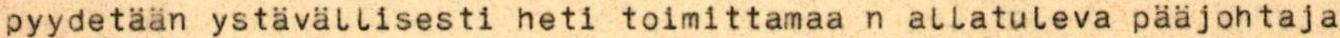
pyydetään ystävällisesti heti toimittamaa n allatuleva pääjohtaja